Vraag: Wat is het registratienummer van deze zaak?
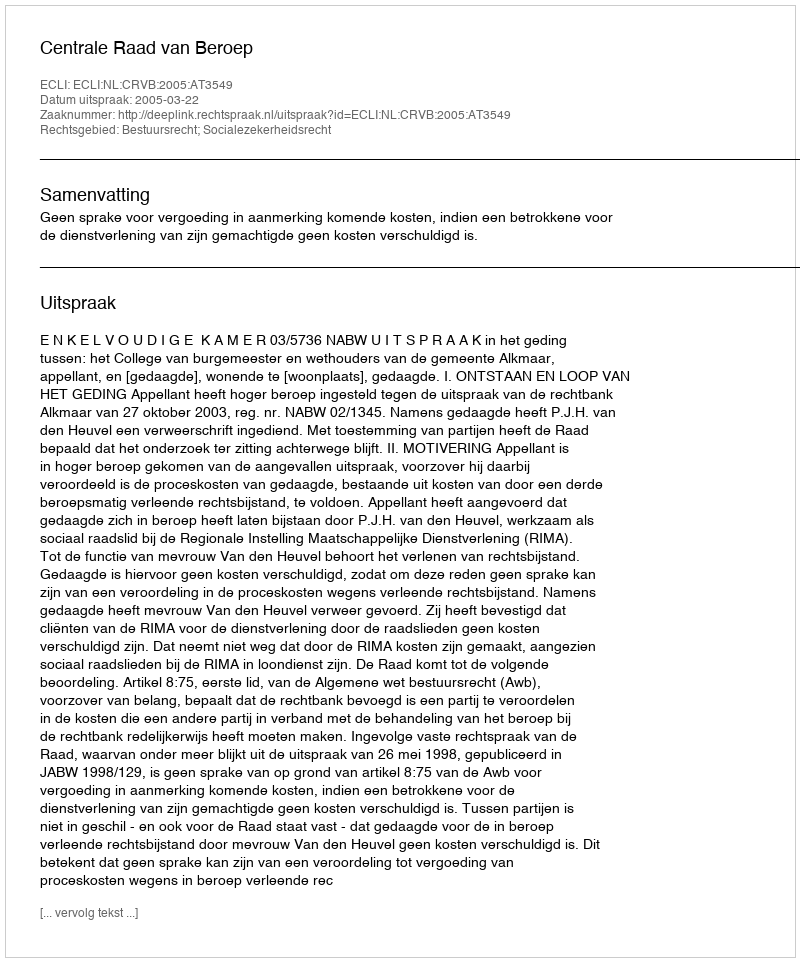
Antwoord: http://deeplink.rechtspraak.nl/uitspraak?id=ECLI:NL:CRVB:2005:AT3549